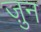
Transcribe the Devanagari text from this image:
ज़ुन